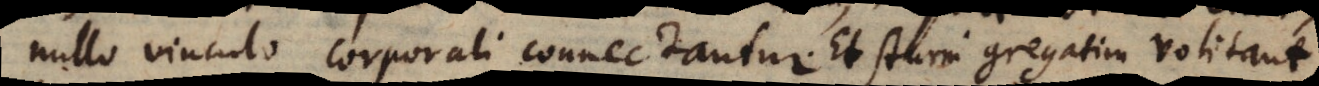
nullo vinculo corporali connectantur. Et sturni gregatim volitant.